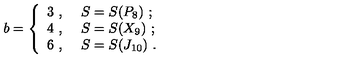
b = \left\{ \begin{array} { l l } { 3 \ , \ } & { S = S ( P _ { 8 } ) \ ; } \\ { 4 \ , \ } & { S = S ( X _ { 9 } ) \ ; } \\ { 6 \ , \ } & { S = S ( J _ { 1 0 } ) \ . } \\ \end{array} \right.